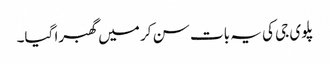
پلوی جی کی یہ بات سن کر میں گھبرا گیا۔